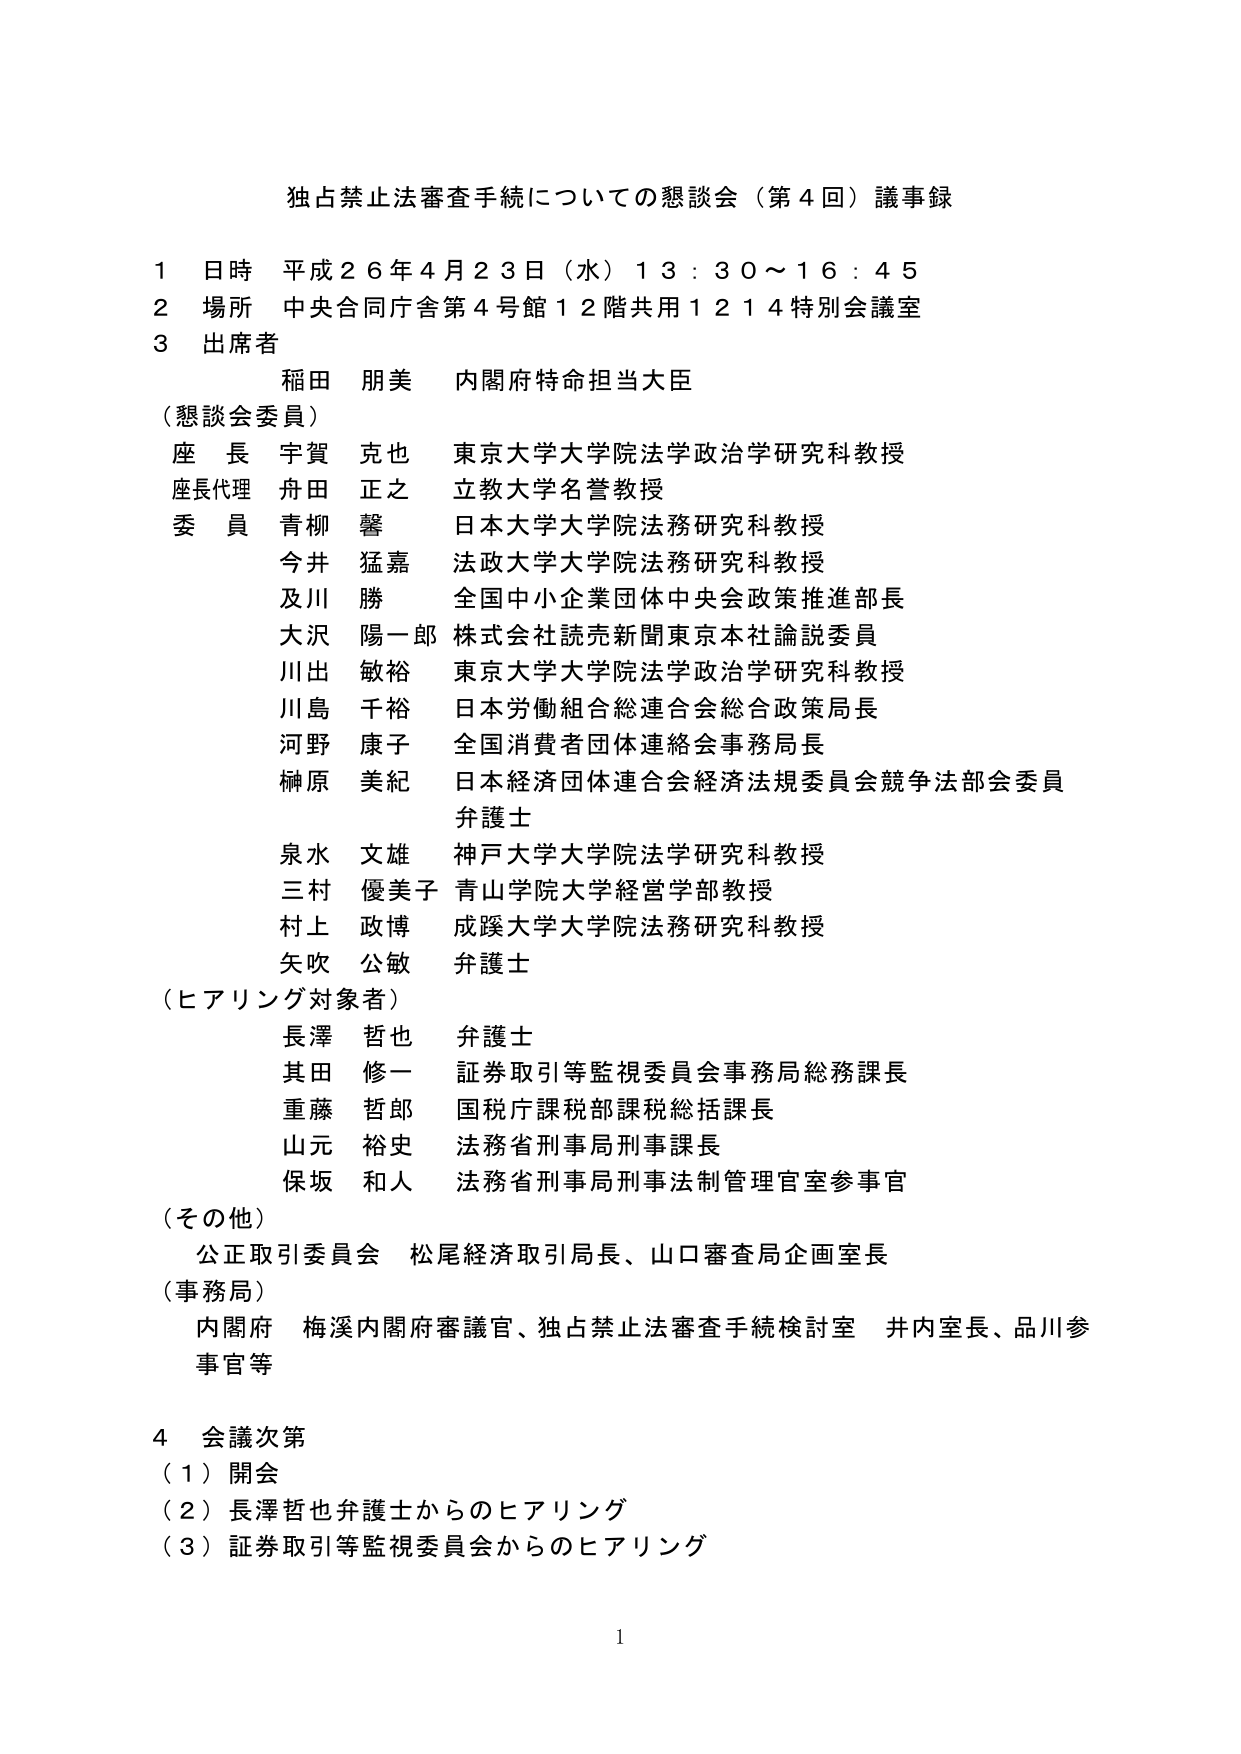
独占禁止法審査手続についての懇談会（第４回）議事録

１ 日時 平成２６年４月２３日（水）１３：３０～１６：４５
２ 場所 中央合同庁舎第４号館１２階共用１２１４特別会議室
３ 出席者
　　稲田 朋美 内閣府特命担当大臣
　　（懇談会委員）
　　座長 宇賀 克也 東京大学大学院法学政治学研究科教授
　　座長代理 舟田 正之 立教大学名誉教授
　　委員 青柳 馨 日本大学大学院法務研究科教授
　　　　今井 猛嘉 法政大学大学院法務研究科教授
　　　　及川 勝 全国中小企業団体中央会政策推進部長
　　　　大沢 陽一郎 株式会社読売新聞東京本社論説委員
　　　　川出 敏裕 東京大学大学院法学政治学研究科教授
　　　　川島 千裕 日本労働組合総連合会総合政策局長
　　　　河野 康子 全国消費者団体連絡会事務局長
　　　　榊原 美紀 日本経済団体連合会経済法規委員会競争法部会委員
　　　　　　　　　弁護士
　　　　泉水 文雄 神戸大学大学院法学研究科教授
　　　　三村 優美子 青山学院大学経営学部教授
　　　　村上 政博 成蹊大学大学院法務研究科教授
　　　　矢吹 公敏 弁護士
　　（ヒアリング対象者）
　　　　長澤 哲也 弁護士
　　　　其田 修一 証券取引等監視委員会事務局総務課長
　　　　重藤 哲郎 国税庁課税部課税総括課長
　　　　山元 裕史 法務省刑事局刑事課長
　　　　保坂 和人 法務省刑事局刑事法制管理官室参事官
　　（その他）
　　　　公正取引委員会 松尾経済取引局長、山口審査局企画室長
　　（事務局）
　　　　内閣府 梅溪内閣府審議官、独占禁止法審査手続検討室 井内室長、品川参事官等

４ 会議次第
　　（１）開会
　　（２）長澤哲也弁護士からのヒアリング
　　（３）証券取引等監視委員会からのヒアリング

１